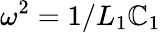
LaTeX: \omega^{2}=1/L_{1}\mathbb{C}_{1}